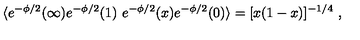
\langle e ^ { - \phi / 2 } ( \infty ) e ^ { - \phi / 2 } ( 1 ) \ e ^ { - \phi / 2 } ( x ) e ^ { - \phi / 2 } ( 0 ) \rangle = [ x ( 1 - x ) ] ^ { - 1 / 4 } \ ,